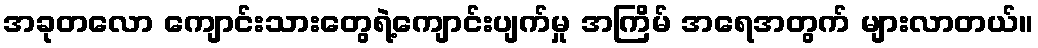
အခုတလော ကျောင်းသားတွေရဲ့ကျောင်းပျက်မှု အကြိမ် အရေအတွက် များလာတယ်။